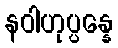
နဝါဟုပ္ပန္နေ